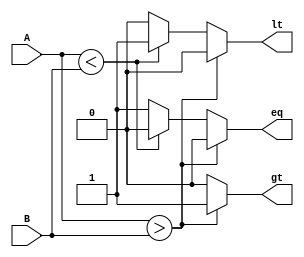
//
//----------------------------------
// Type : module
// Contact : mathewtg.mec@gmail.com
//------------------
//------------------
// Notes :- N-bit comparator - Procedural Model

module comparatorNbit_proc (A,B,lt,gt,eq);
parameter word_size = 16;
input [word_size:0]A,B;
output reg lt,gt,eq;

always @(*)
 begin
  gt = 0; lt = 0; eq = 0;
  if (A>B) gt = 1;
  else if (A<B) lt = 1;
  else eq = 1;
 end

endmodule